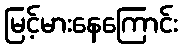
မြင့်မားနေကြောင်း